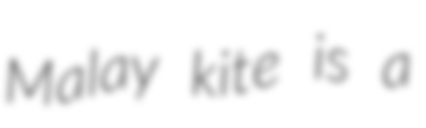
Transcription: Malay kite is a